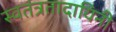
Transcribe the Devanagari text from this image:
स्वतंत्रतादायिनी